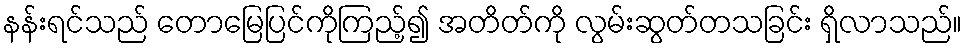
နန်းရင်သည် တောမြေပြင်ကိုကြည့်၍ အတိတ်ကို လွမ်းဆွတ်တသခြင်း ရှိလာသည်။